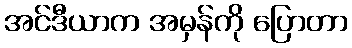
အင်ဒီယာက အမှန်ကို ပြောတာ